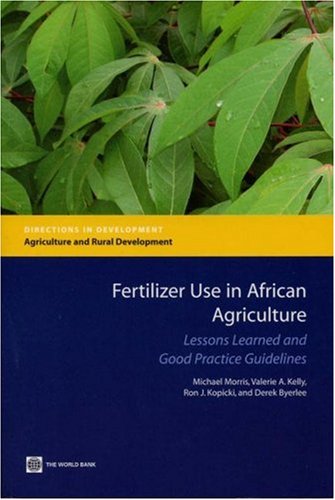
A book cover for Fertilizer Use in African Agriculture: Lessons Learned and Good Practice Guidelines (Directions in Development); Derek Byerlee; Science & Math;